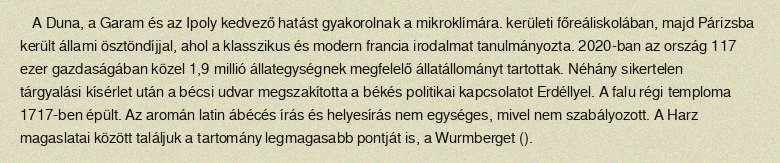
A Duna, a Garam és az Ipoly kedvező hatást gyakorolnak a mikroklímára. kerületi főreáliskolában, majd Párizsba került állami ösztöndíjjal, ahol a klasszikus és modern francia irodalmat tanulmányozta. 2020-ban az ország 117 ezer gazdaságában közel 1,9 millió állategységnek megfelelő állatállományt tartottak. Néhány sikertelen tárgyalási kísérlet után a bécsi udvar megszakította a békés politikai kapcsolatot Erdéllyel. A falu régi temploma 1717-ben épült. Az aromán latin ábécés írás és helyesírás nem egységes, mivel nem szabályozott. A Harz magaslatai között találjuk a tartomány legmagasabb pontját is, a Wurmberget ().